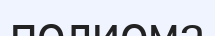
полиома